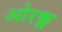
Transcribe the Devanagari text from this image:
ओरक्ल